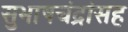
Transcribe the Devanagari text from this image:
सुभाषचंद्रांसह